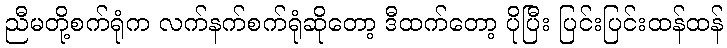
ညီမတို့စက်ရုံက လက်နက်စက်ရုံဆိုတော့ ဒီထက်တော့ ပိုပြီး ပြင်းပြင်းထန်ထန်